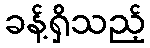
ခန့်ရှိသည့်